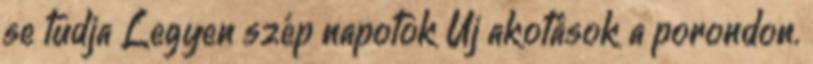
se tudja Legyen szép napotok Új akotások a porondon.